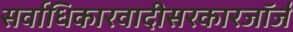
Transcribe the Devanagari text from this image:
सर्वाधिकारवादीसरकारजॉर्ज